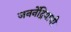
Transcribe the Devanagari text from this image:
जननेंद्रियाची